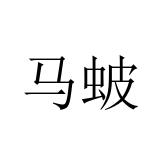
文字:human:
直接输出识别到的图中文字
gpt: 马蚾